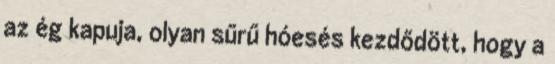
az ég kapuja, olyan sűrű hóesés kezdődött, hogy a